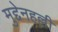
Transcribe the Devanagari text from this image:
मुद्देनहल्ली